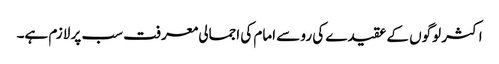
اکثر لوگوں کے عقیدے کی رو سے امام کی اجمالی معرفت سب پر لازم ہے۔